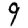
Digit: 9